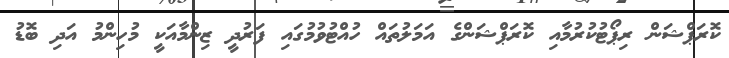
ކޮރަޕްޝަން ރިޕޯޓުކުރުމާއި ކޮރަޕްޝަންގެ އަމަލުތައް ހުއްޓުވުމުގައި ފަރުދީ ޒިންމާއަކީ މުހިންމު އަދި ބޮޑު